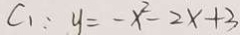
C _ { 1 } : y = - x ^ { 2 } - 2 x + 3